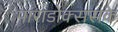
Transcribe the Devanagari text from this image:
पाराडोक्ससके